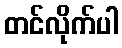
တင်လိုက်ပါ